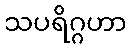
သပရိဂ္ဂဟာ